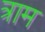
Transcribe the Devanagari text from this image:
त्राम